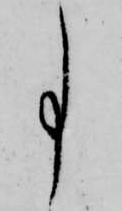
事